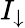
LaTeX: I_{\downarrow}